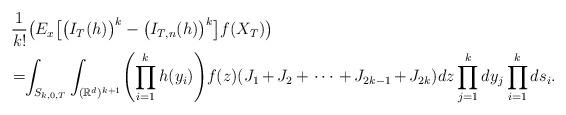
LaTeX: \begin{align*}&\frac{1}{k!} \bigl(E_x \bigl[\bigl(I_{T}(h)\bigr)^k-\bigl(I_{T,n}(h)\bigr)^k \bigr]f(X_T) \bigr)\\&\!= \!\!\int_{S_{k,0,T}}\int_{(\mathbb{R}^d)^{k+1}}\Biggl(\prod_{i=1}^kh(y_i)\Biggr)f(z) (J_1\,{+}\,J_2\,{+}\,\cdots\,{+}\,J_{2k-1}\,{+}\,J_{2k})dz\prod_{j=1}^k dy_j \prod_{i=1}^k ds_{i}.\end{align*}